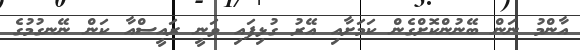
އާންމު ނަން ބޭނުންކޮށްގެން ކަމަށާއި އޭރު ގުޅިފައި ވަނީ ރައީސްއާ ކަން ނޭނގުމުގެ